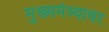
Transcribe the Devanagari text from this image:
मुख्यमंत्र्यावर